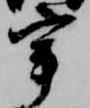
宰